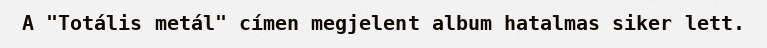
A "Totális metál" címen megjelent album hatalmas siker lett.